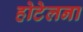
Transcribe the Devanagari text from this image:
होटेलना